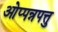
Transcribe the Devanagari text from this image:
ओप्पन्नपत्तु